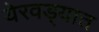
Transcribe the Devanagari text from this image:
येरवड्यात